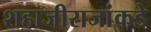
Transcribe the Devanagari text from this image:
शहाजीराजांकडे